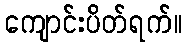
ကျောင်းပိတ်ရက်။